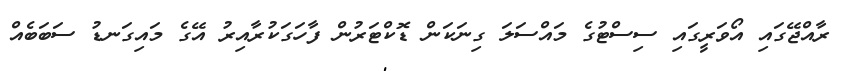
ރާއްޖޭގައި އޯވަރީގައި ސިސްޓުގެ މައްސަލަ ގިނަކަން ޑޮކްޓަރުން ފާހަގަކުރާއިރު އޭގެ މައިގަނޑު ސަބަބެއް